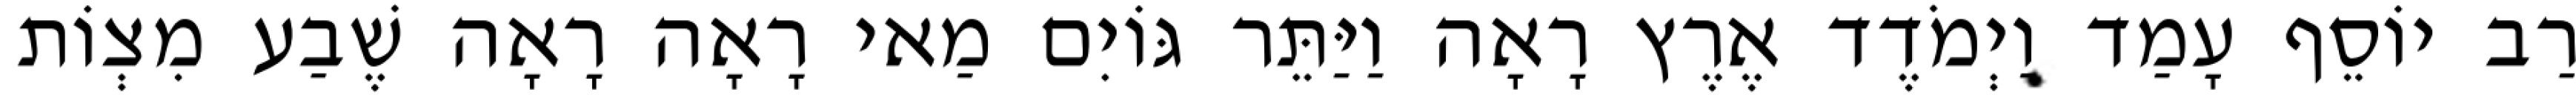
רַב יוֹסֵף עָמַד וַיְמֹדֶד אֶרֶץ רָאָה וַיַּתֵּר גּוֹיִם מַאי רָאָה רָאָה שֶׁבַע מִצְוֹת